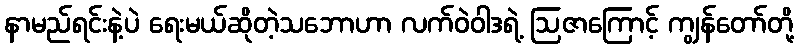
နာမည်ရင်းနဲ့ပဲ ရေးမယ်ဆိုတဲ့သဘောဟာ လက်ဝဲဝါဒရဲ့ ဩဇာကြောင့် ကျွန်တော်တို့